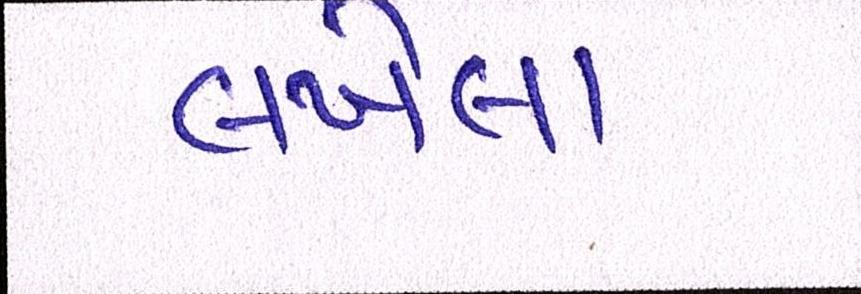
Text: લખેલા